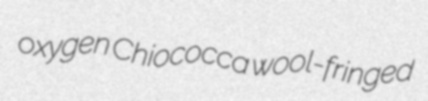
oxygen Chiococca wool-fringed